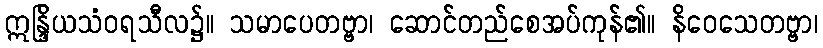
ဣန္ဒြိယသံဝရသီလ၌။ သမာပေတဗ္ဗာ၊ ဆောင်တည်စေအပ်ကုန်၏။ နိဝေသေတဗ္ဗာ၊